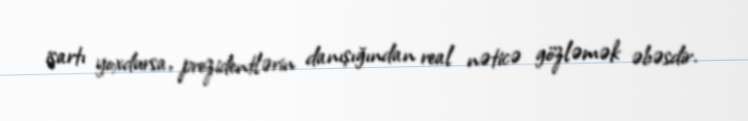
işartı yoxdursa, prezidentlərin danışığından real nəticə gözləmək əbəsdir.